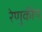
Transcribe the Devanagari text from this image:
रेणुकीय